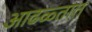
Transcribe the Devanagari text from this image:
आढळ्तात